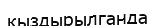
қыздырылганда